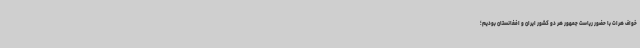
خواف هرات با حضور ریاست جمهور هر دو کشور ایران و افغانستان بودیم؛